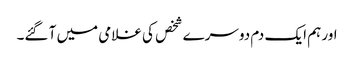
اور ہم ایک دم دوسرے شخص کی غلامی میں آ گئے۔